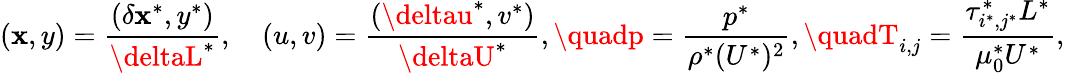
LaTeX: (\mathbf{x},y)=\frac{{(\delta\mathbf{x}^{*},y^{*})}}{{\deltaL^{*}}},\quad(u,v)=\frac{{(\deltau^{*},v^{*})}}{{\deltaU^{*}}},\quadp=\frac{{p^{*}}}{{\rho^{*}(U^{*})^{2}}},\quadT_{i,j}=\frac{{\tau_{i^{*},j^{*}}^{*}L^{*}}}{{\mu_{0}^{*}U^{*}}},